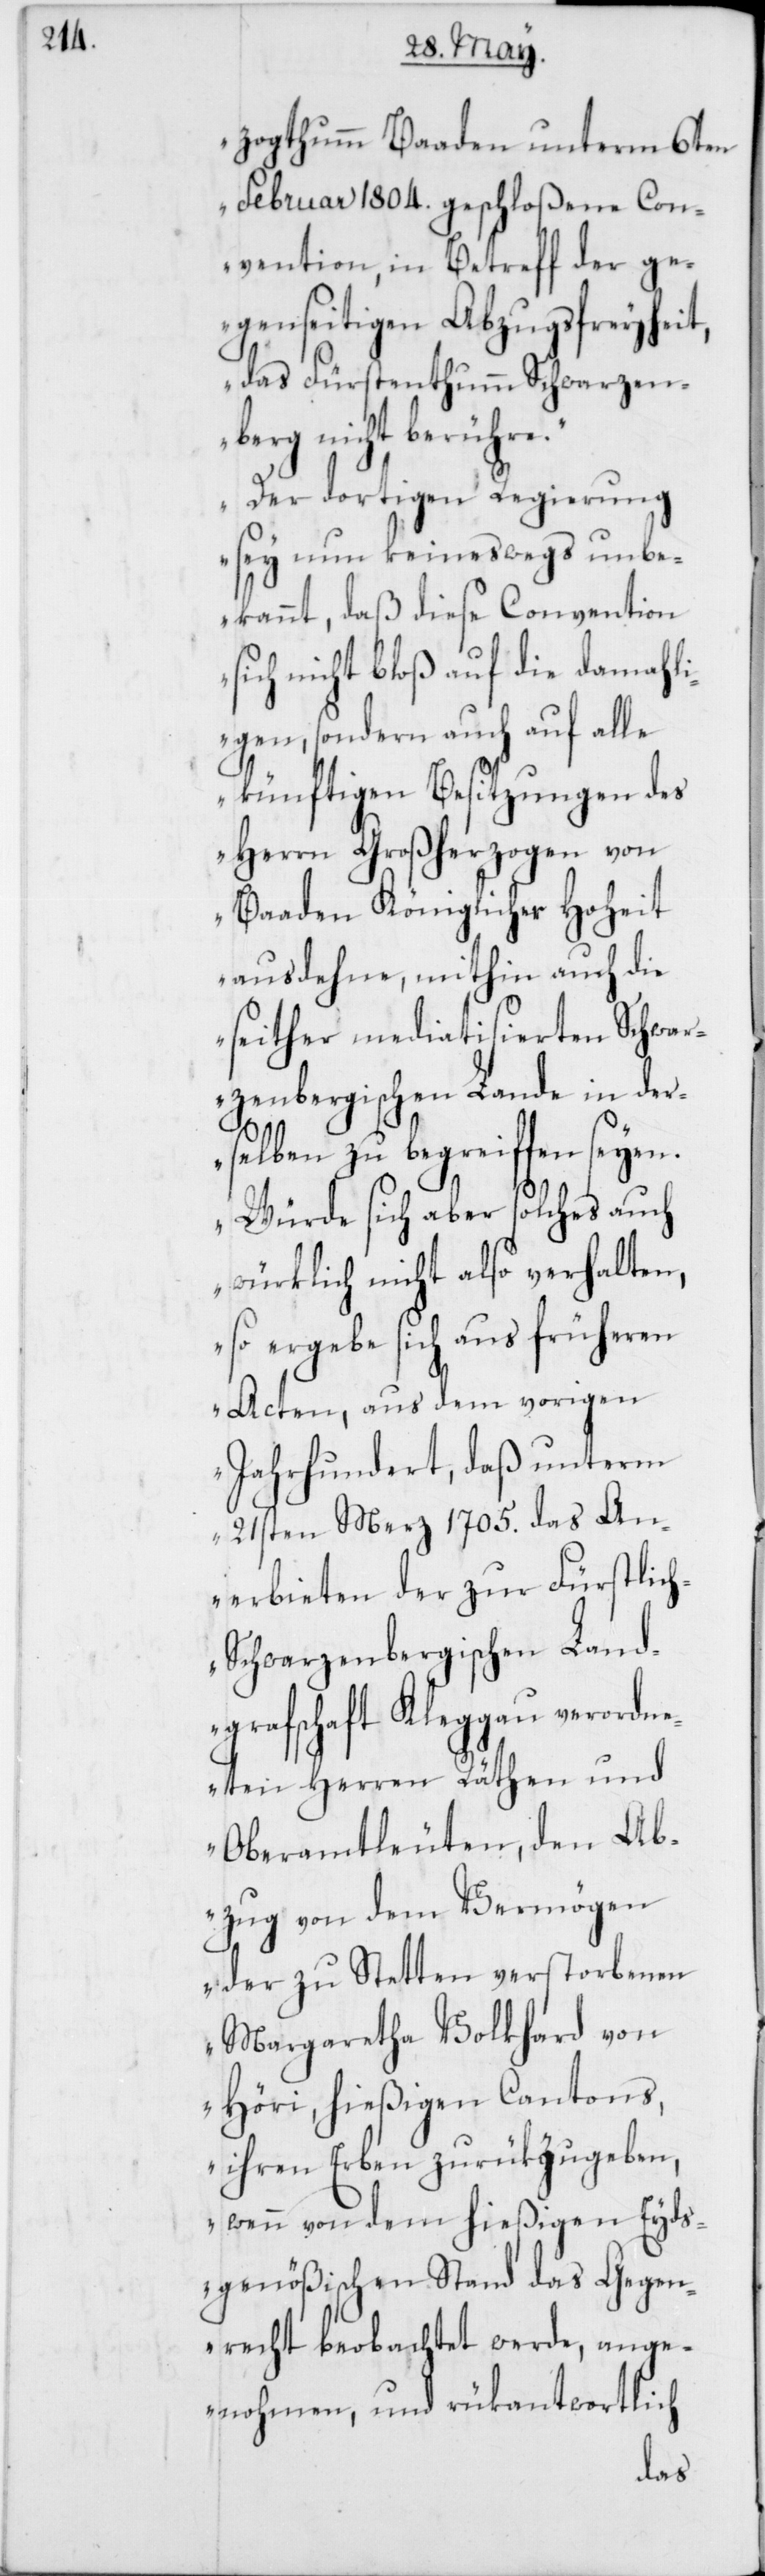
zogthumm Baaden unterm 6ten
Februar 1804. geschloßene Con¬
vention, in Betreff der ge¬
genseitigen Abzugsfreyheit,
das Fürstenthumm Schwarzen¬
berg nicht berühre.
Der dortigen Regierung
sey nun keineswegs unbe¬
kannt, daß diese Convention
sich nicht bloß auf die damahli¬
gen, sondern auch auf alle
künftigen Besitzungen des
Herrn Großherzogen von
Baaden Königlicher Hoheit
ausdehne, mithin auch die
seither mediatisierten Schwar¬
zenbergischen Lande in der¬
selben zu begreiffen seyen.
Würde sich aber solches auch
würklich nicht also verhalten,
so ergebe sich aus früheren
Acten, aus dem vorigen
Jahrhundert, daß unterm
21sten Merz 1705. das An¬
erbieten der zur Fürstlic¬
h-Schwarzenbergischen Land¬
grafschaft Kleggau verordne¬
ten Herren Räthen und
Oberamtleuten, den Ab¬
zug von dem Vermögen
der zu Stetten verstorbenen
Margaretha Volkhart von
Höri, hießigen Cantons,
ihren Erben zurükzugeben,
wenn von dem hießigen Eyds¬
genößischen Stand das Gegen¬
recht beobachtet werde, ange¬
nohmen, und rükantwortlich